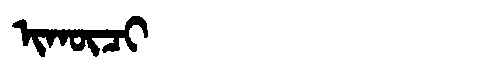
Manchu: ᡳᡴᡡᠴᡳ
Romanization: IKŪCI